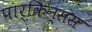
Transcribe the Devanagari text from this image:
पार्किन्संस